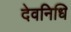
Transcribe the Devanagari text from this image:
देवनिधि